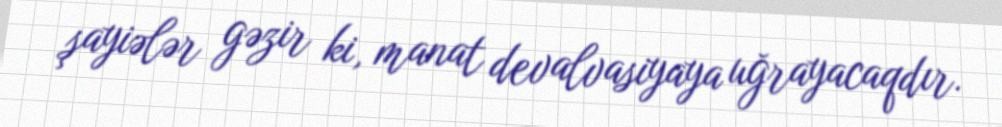
şayiələr gəzir ki, manat devalvasiyaya uğrayacaqdır.